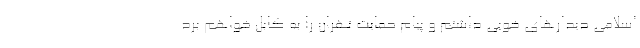
اسلامی دیدار‌های خوبی داشتم و پیام حمایت تهران را به کابل خواهم برد